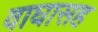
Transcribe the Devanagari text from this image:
वाघासह